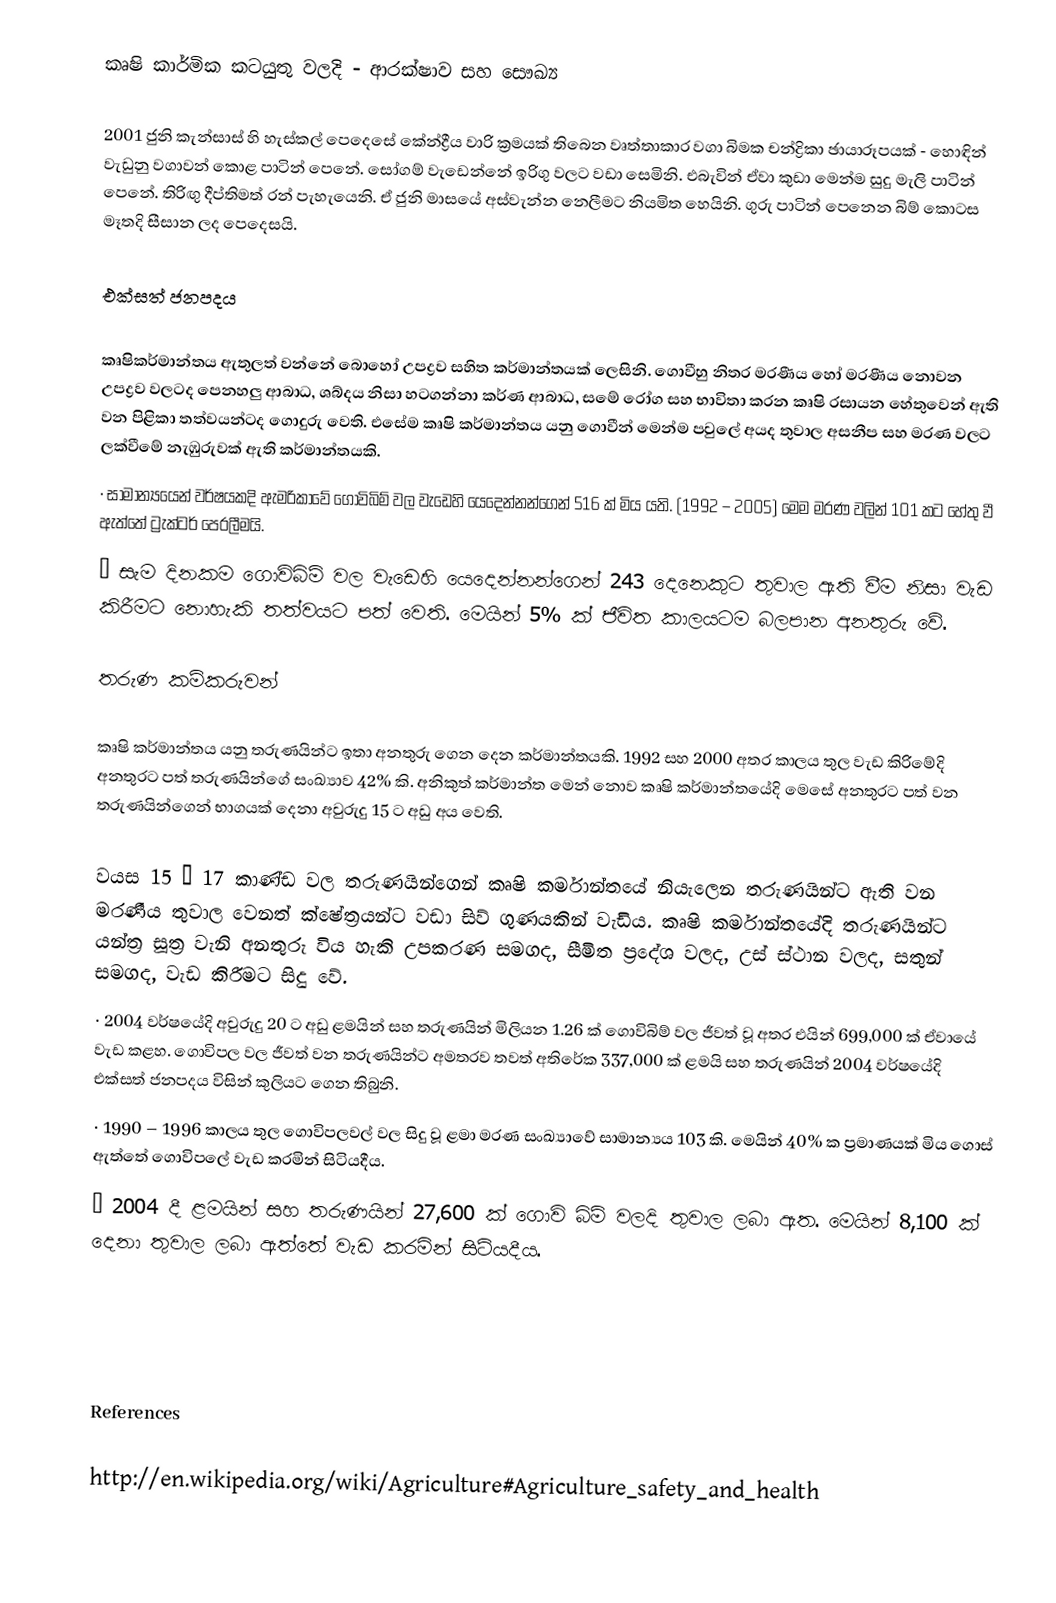
කෘෂි කාර්මික කටයුතු වලදි - ආරක්ෂාව සහ සෞඛ්‍ය

2001 ජුනි කැන්සාස් හි හැස්කල් පෙදෙසේ කේන්ද්‍රීය වාරි ක්‍රමයක් තිබෙන වෘත්තාකාර වගා බිමක චන්ද්‍රිකා ඡායාරූපයක් - හොඳින් වැඩුනු වගාවන් කොළ පාටින් පෙනේ. සෝගම් වැඩෙන්නේ ඉරිගු වලට වඩා සෙමිනි. එබැවින් ඒවා කුඩා මෙන්ම සුදු මැලි පාටින් පෙනේ. තිරිඟු දීප්තිමත් රන් පැහැයෙනි. ඒ ජුනි මාසයේ අස්වැන්න නෙලීමට නියමිත හෙයිනි. ගුරු පාටින් පෙනෙන බිම් කොටස මෑතදි සීසාන ලද පෙදෙසයි.

එක්සත් ජනපදය

කෘෂිකර්මාන්තය ඇතුලත් වන්නේ බොහෝ උපද්‍රව සහිත කර්මාන්තයක් ලෙසිනි. ගොවීහු නිතර මරණීය හෝ මරණීය නොවන උපද්‍රව වලටද පෙනහලු ආබාධ, ශබ්දය නිසා හටගන්නා කර්ණ ආබාධ, සමේ රෝග සහ භාවිතා කරන කෘෂි රසායන හේතුවෙන් ඇති වන පිළිකා තත්වයන්ටද ගොදුරු වෙති. එසේම කෘෂි කර්මාන්තය යනු ගොවීන් මෙන්ම පවුලේ අයද තුවාල අසනීප සහ මරණ වලට ලක්වීමේ නැඹුරුවක් ඇති කර්මාන්තයකි.
·	සාමාන්‍යයෙන් වර්ෂයකදි ඇමරිකාවේ ගොවිබිම් වල වැඩෙහි යෙදෙන්නන්ගෙන් 516 ක් මිය යති. (1992 – 2005) මෙම මරණ වලින් 101 කට හේතු වී ඇත්තේ ට්‍රැක්ටර් පෙරලීමයි.
·	සැම දිනකම ගොවිබිම් වල වැඩෙහි යෙදෙන්නන්ගෙන් 243 දෙනෙකුට තුවාල ඇති වීම නිසා වැඩ කිරීමට නොහැකි තත්වයට පත් වෙති. මෙයින් 5% ක් ජීවිත කාලයටම බලපාන අනතුරු වේ.

තරුණ කම්කරුවන්

කෘෂි කර්මාන්තය යනු තරුණයින්ට ඉතා අනතුරු ගෙන දෙන කර්මාන්තයකි. 1992 සහ 2000 අතර කාලය තුල වැඩ කිරිමේදි අනතුරට පත් තරුණයින්ගේ සංඛ්‍යාව 42% කි. අනිකුත් කර්මාන්ත මෙන් නොව කෘෂි කර්මාන්තයේදි මෙසේ අනතුරට පත් වන තරුණයින්ගෙන් භාගයක් දෙනා අවුරුදු 15 ට අඩු අය වෙති.

වයස 15 – 17 කාණ්ඩ වල තරුණයින්ගෙන් කෘෂි කර්මාන්තයේ නියැලෙන තරුණයින්ට ඇති වන මරණීය තුවාල වෙනත් ක්ෂේත්‍රයන්ට වඩා සිව් ගුණයකින් වැඩිය. කෘෂි කර්මාන්තයේදි තරුණයින්ට යන්ත්‍ර සූත්‍ර වැනි අනතුරු විය හැකි උපකරණ සමගද, සීමිත ප්‍රදේශ වලද, උස් ස්ථාන වලද, සතුන් සමගද, වැඩ කිරීමට සිදු වේ.
·	2004 වර්ෂයේදි අවුරුදු 20 ට අඩු ළමයින් සහ තරුණයින් මිලියන 1.26 ක් ගොවිබිම් වල ජීවත් වූ අතර එයින් 699,000 ක් ඒවායේ වැඩ කළහ. ගොවිපල වල ජීවත් වන තරුණයින්ට අමතරව තවත් අතිරේක 337,000 ක් ළමයි සහ තරුණයින් 2004 වර්ෂයේදි එක්සත් ජනපදය විසින් කුලියට ගෙන තිබුනි.
·	1990 – 1996 කාලය තුල ගොවිපලවල් වල සිදු වූ ළමා මරණ සංඛ්‍යාවේ සාමාන්‍යය 103 කි. මෙයින් 40% ක ප්‍රමාණයක් මිය ගොස් ඇත්තේ ගොවිපලේ වැඩ කරමින් සිටියදීය.
·	2004 දී ළමයින් සහ තරුණයින් 27,600 ක් ගොවි බිම් වලදි තුවාල ලබා ඇත. මෙයින් 8,100 ක් දෙනා තුවාල ලබා ඇත්තේ වැඩ කරමින් සිටියදීය.

‍

‍

References

http://en.wikipedia.org/wiki/Agriculture#Agriculture_safety_and_health